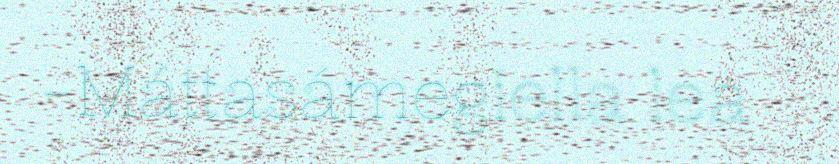
-Máttasámegiella lea